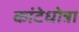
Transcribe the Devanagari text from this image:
कांटेधोत्रा